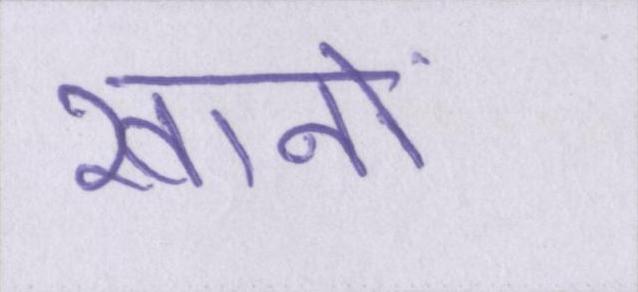
खानों